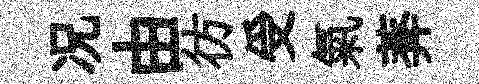
况由彷受氣莾